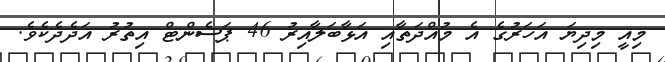
މިއީ މިދިޔަ އަހަރުގެ އެ މުއްދަތާއި އަޅާބަލާއިރު 46 ޕަސެންޓް އިތުރު އަދެދެކެވެ.